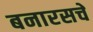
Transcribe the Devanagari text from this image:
बनारसचे